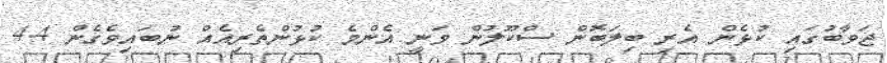
ޖަވާބުގައި ކުޅެން އެރި ބިލަބޮން ސްކޫލުން ވަނީ އެންމެ ކުޅުންތެރިއެއް ނުބައިވެގެން 4.4